Annual returns of the Patna Lunatic Asylum at Bankipore in Bihar and Orissa - 1912-1924
Year: 1912
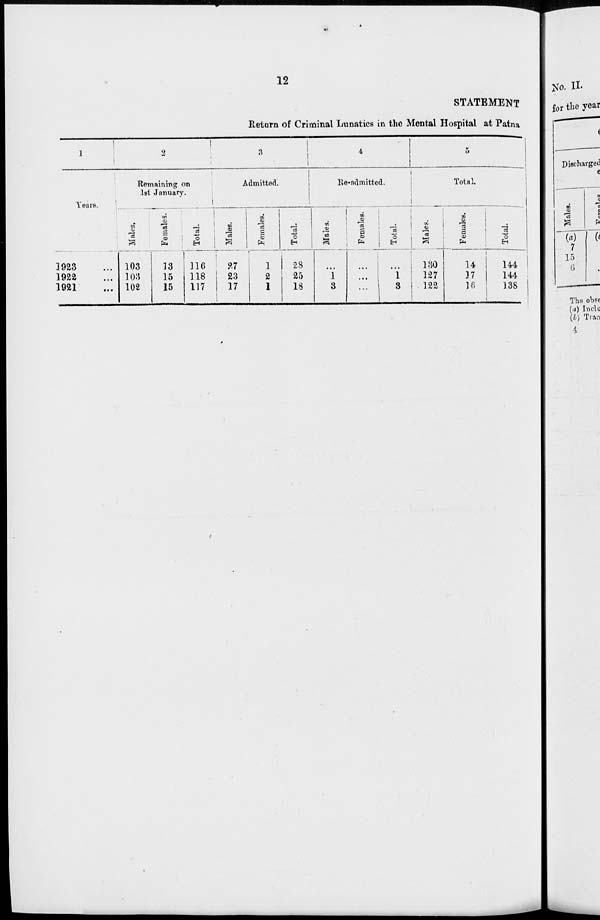
12
STATEMENT
Return of Criminal Lunatics in the Mental Hospital at Patna
1
Years.
1923 ...
1922 ...
1921 ...
2
Remaining on
1st January.
Males.
103
103
102
Females.
13
15
15
Total.
116
118
117
3
Admitted.
Males.
27
23
17
Females.
1
2
1
Total.
28
25
18
4
Re-admitted.
Males.
...
1
3
Females.
...
...
...
Total.
...
1
3
5
Total.
Males.
130
127
122
Females.
14
37
16
Total.
144
144
138